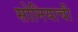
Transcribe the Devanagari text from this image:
सोनियाची